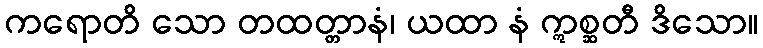
ကရောတိ သော တထတ္တာနံ၊ ယထာ နံ ဣစ္ဆတီ ဒိသော။